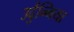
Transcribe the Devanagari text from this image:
उर्दुन्निया